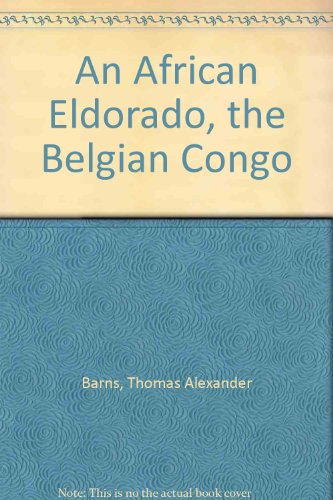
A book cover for An African Eldorado, the Belgian Congo; Thomas Alexander Barns; Travel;